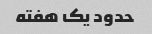
حدود یک هفته